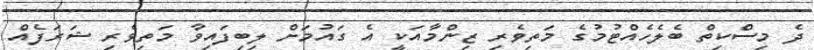
ދެ މިސްކިތް ބެލެހެއްޓުމުގެ މަތިވެރި ޒިންމާއަކީ އެ ގައުމަށް ލިބިފައިވާ މަތިވެރި ޝަރަފެއް